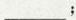
___；